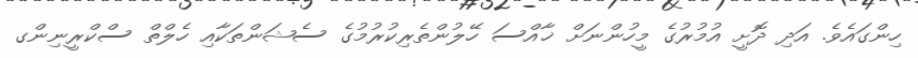
ހިންގައެވެ. އަދި ދޮށީ އުމުރުގެ މީހުންނަށް ޚާއްސަ ހޭލުންތެރިކުރުމުގެ ސެޝަންތަކާއި ހެލްތް ސްކްރީނިންގ